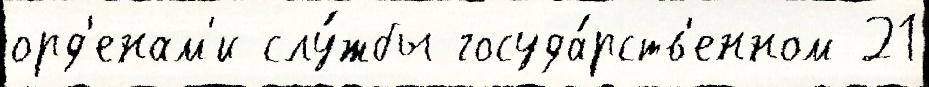
орд'енам'и слу́жбы госуда́рств'енном 21